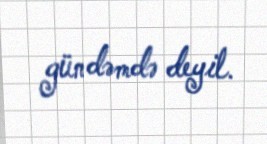
gündəmdə deyil.